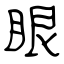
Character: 眼